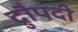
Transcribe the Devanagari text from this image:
द्रुौपदी